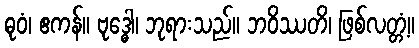
ဓုဝံ၊ ဧကန်။ ဗုဒ္ဓေါ၊ ဘုရားသည်။ ဘဝိဿတိ၊ ဖြစ်လတ္တံ့။